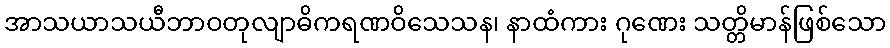
အာသယာသယီဘာဝတုလျာဓိကရဏဝိသေသန၊ နာထံကား ဂုဏေး သတ္တိမာန်ဖြစ်သော